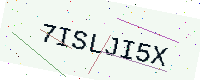
Text: 7ISLJI5X